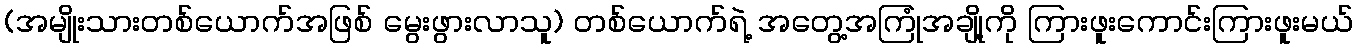
(အမျိုးသားတစ်ယောက်အဖြစ် မွေးဖွားလာသူ) တစ်ယောက်ရဲ့ အတွေ့အကြုံအချို့ကို ကြားဖူးကောင်းကြားဖူးမယ်